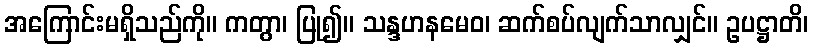
အကြောင်းမရှိသည်ကို။ ကတွာ၊ ပြု၍။ သန္ဒဟနမေဝ၊ ဆက်စပ်လျက်သာလျှင်။ ဥပဋ္ဌာတိ၊